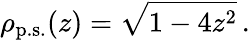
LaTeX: \rho_{\mathrm{p.s.}}(z)=\sqrt{1-4z^{2}}\, .